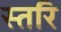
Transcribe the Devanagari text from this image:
स्तरि